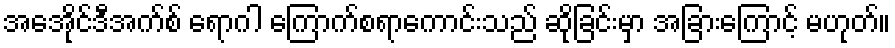
အေအိုင်ဒီအက်စ် ရောဂါ ကြောက်စရာကောင်းသည် ဆိုခြင်းမှာ အခြားကြောင့် မဟုတ်။